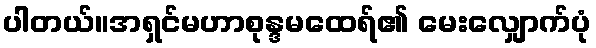
ပါတယ်။အရှင်မဟာစုန္ဒမထေရ်၏ မေးလျှောက်ပုံ